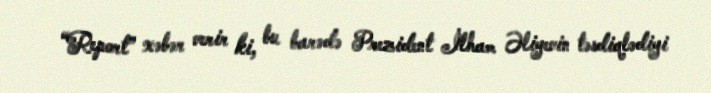
“Report” xəbər verir ki, bu barədə Prezident İlham Əliyevin təsdiqlədiyi